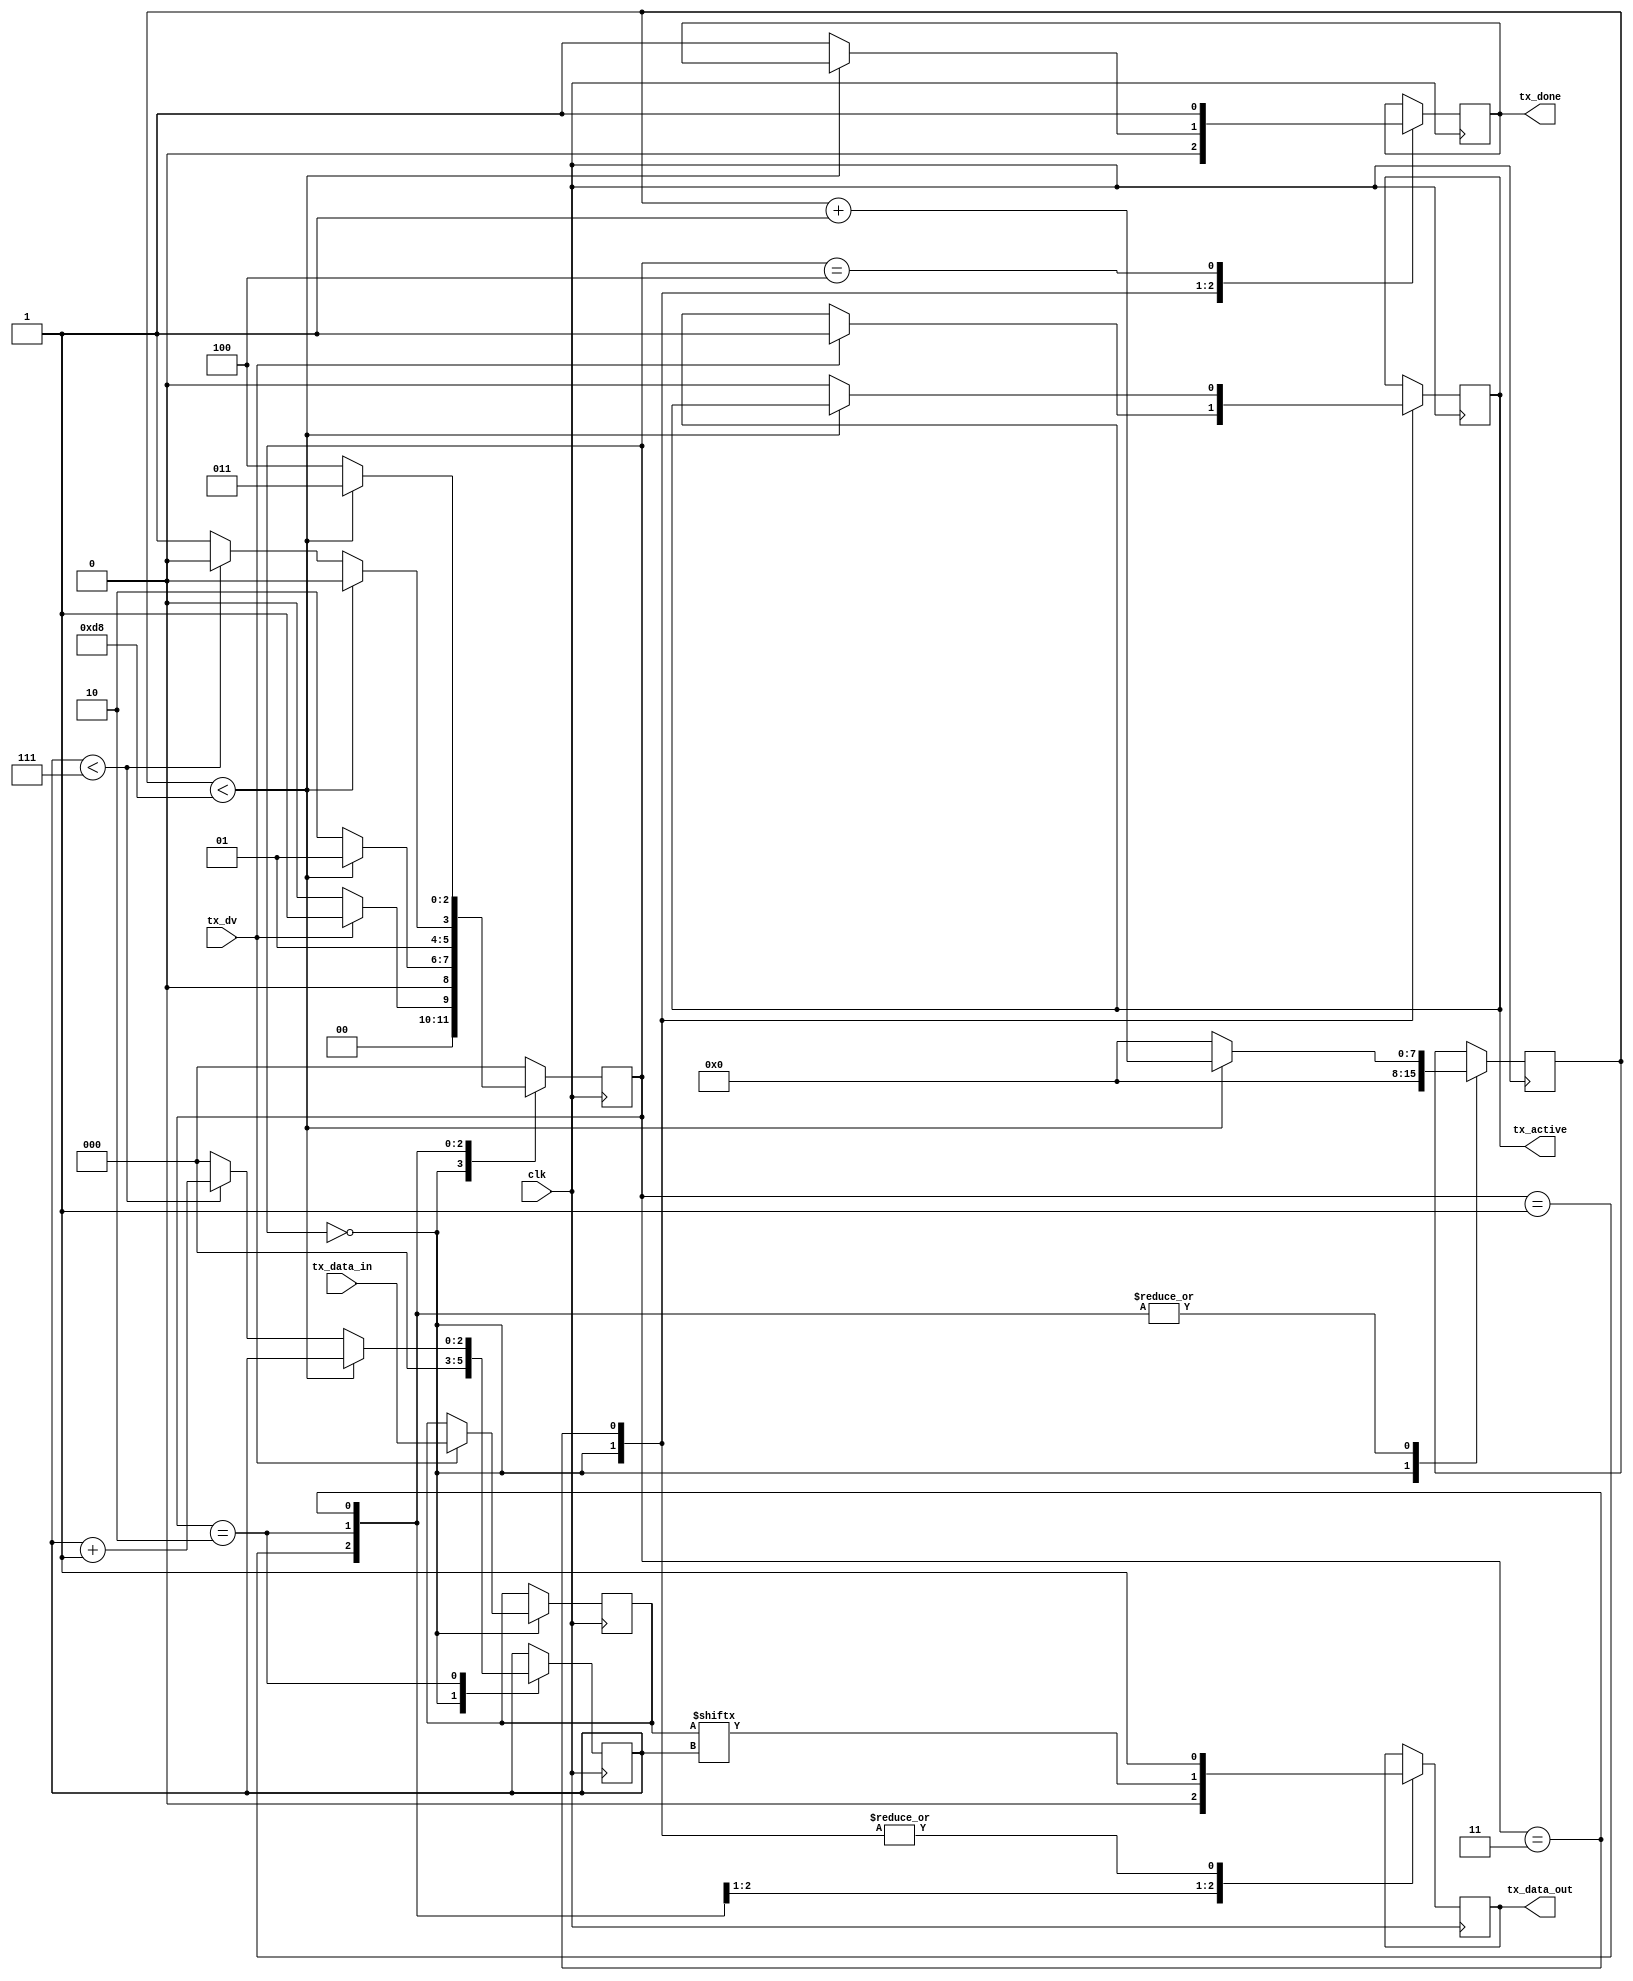
module UART_TX 
  #(parameter cpb = 217)
  (
   input       clk,
   input       tx_dv,
   input [7:0] tx_data_in, 
   output      tx_active,
   output reg  tx_data_out,
   output      tx_done
   );
 
  parameter IDLE         = 3'b000;
  parameter START = 3'b001;
  parameter TX = 3'b010;
  parameter STOP  = 3'b011;
  parameter CLEANUP      = 3'b100;
  
  reg [2:0] state     = 0;
  reg [7:0] r_clk_count = 0;
  reg [2:0] r_bit_index   = 0;
  reg [7:0] r_tx_data     = 0;
  reg       r_done     = 0;
  reg       r_active   = 0;
    
  always @(posedge clk)
  begin
      
    case (state)
      IDLE :
        begin
          tx_data_out   <= 1'b1;         // Drive Line High for Idle
          r_done     <= 1'b0;
          r_clk_count <= 0;
          r_bit_index   <= 0;
          
          if (tx_dv == 1'b1)
          begin
            r_active <= 1'b1;
            r_tx_data   <= tx_data_in;
            state   <= START;
          end
          else
            state <= IDLE;
        end // case: IDLE
      
      
      // Send out Start Bit. Start bit = 0
      START :
        begin
          tx_data_out <= 1'b0;
          
          // Wait cpb-1 clock cycles for start bit to finish
          if (r_clk_count < cpb-1)
          begin
            r_clk_count <= r_clk_count + 1;
            state     <= START;
          end
          else
          begin
            r_clk_count <= 0;
            state     <= TX;
          end
        end // case: START
      
      
      // Wait cpb-1 clock cycles for data bits to finish         
      TX :
        begin
          tx_data_out <= r_tx_data[r_bit_index];
          
          if (r_clk_count < cpb-1)
          begin
            r_clk_count <= r_clk_count + 1;
            state     <= TX;
          end
          else
          begin
            r_clk_count <= 0;
            
            // Check if we have sent out all bits
            if (r_bit_index < 7)
            begin
              r_bit_index <= r_bit_index + 1;
              state   <= TX;
            end
            else
            begin
              r_bit_index <= 0;
              state   <= STOP;
            end
          end 
        end // case: TX
      
      
      // Send out Stop bit.  Stop bit = 1
      STOP :
        begin
          tx_data_out <= 1'b1;
          
          // Wait cpb-1 clock cycles for Stop bit to finish
          if (r_clk_count < cpb-1)
          begin
            r_clk_count <= r_clk_count + 1;
            state     <= STOP;
          end
          else
          begin
            r_done     <= 1'b1;
            r_clk_count <= 0;
            state     <= CLEANUP;
            r_active   <= 1'b0;
          end 
        end // case: STOP
      
      
      // Stay here 1 clock
      CLEANUP :
        begin
          r_done <= 1'b1;
          state <= IDLE;
        end
      
      
      default :
        state <= IDLE;
      
    endcase
  end
  
  assign tx_active = r_active;
  assign tx_done   = r_done;
  
endmodule